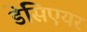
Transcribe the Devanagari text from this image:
डेसिएयर